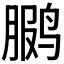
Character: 𫛳